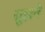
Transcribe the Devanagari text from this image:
सूझने